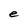
Character: e